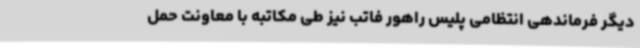
دیگر فرماندهی انتظامی پلیس راهور فاتب نیز طی مکاتبه با معاونت حمل